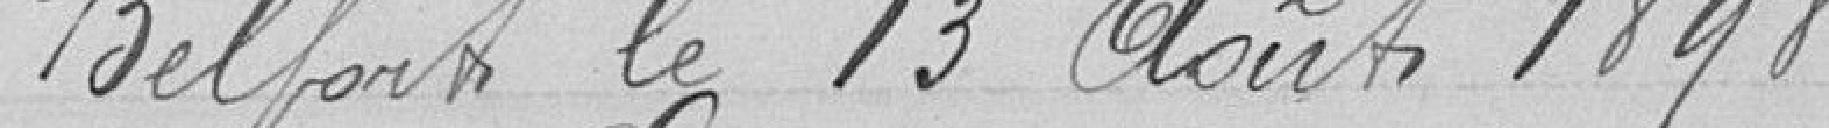
Belfort le 13 Août 1898